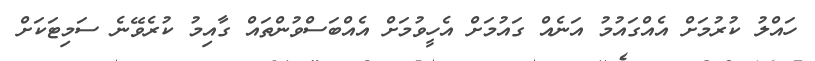
ހައްލު ކުރުމަށް އެއްގައުމު އަނެއް ގައުމަށް އެހީވުމަށް އެއްބަސްވުންތައް ގާއިމު ކުރެވޭނެ ސަމިޓަކަށް